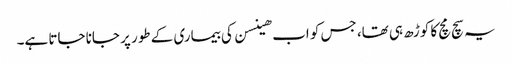
یہ سچ مچ کا کوڑھ ہی تھا، جس کو اب ھینسن کی بیماری کے طور پر جانا جاتا ہے۔